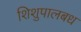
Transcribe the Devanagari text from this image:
शिशुपालबध